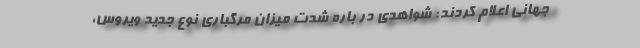
جهانی اعلام کردند: شواهدی در باره شدت میزان مرگباری نوع جدید ویروس،